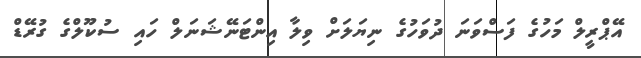
އޭޕްރީލް މަހުގެ ފަސްވަނަ ދުވަހުގެ ނިޔަލަށް ވިލާ އިންޓަނޭޝަނަލް ހައި ސުކޫލްގެ ގުރޭޑް